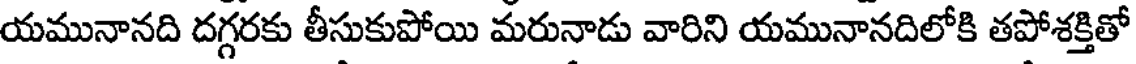
యమునానది దగ్గరకు తీసుకుపోయి మరునాడు వారిని యమునానదిలోకి తపోశక్తితో